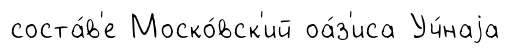
соста́в'е Моско́вск'ий оа́з'иса Уч́наjа